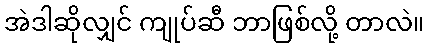
အဲဒါဆိုလျှင် ကျုပ်ဆီ ဘာဖြစ်လို့ တာလဲ။